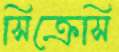
সিক্রেসি